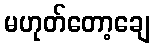
မဟုတ်တော့ချေ